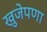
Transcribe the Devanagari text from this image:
खुजेपणा